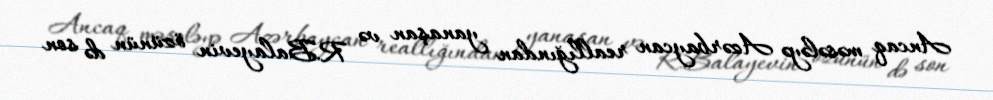
Ancaq məsələyə Azərbaycan reallığından yanaşan və R.Balayevin özünün də son